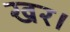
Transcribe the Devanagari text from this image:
खर।